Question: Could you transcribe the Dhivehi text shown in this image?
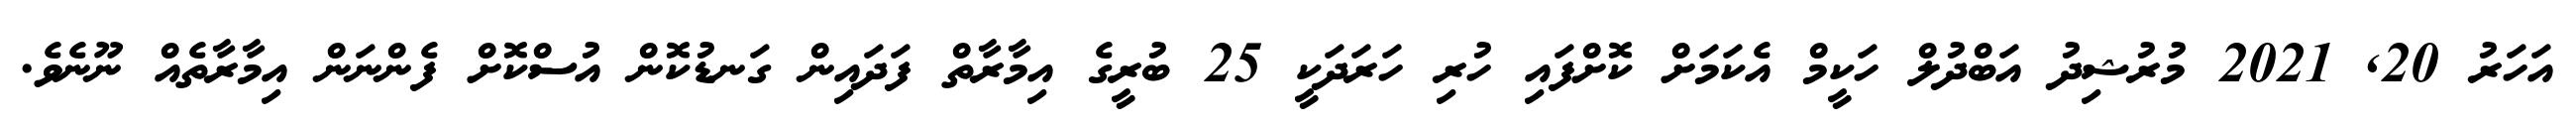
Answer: އަހަރު 20, 2021 މުރުޝިދު އަބްދުލް ހަކީމް އެކަމަށް ކޮށްފައި ހުރި ހަރަދަކީ 25 ބުރީގެ އިމާރާތް ފަދައިން ގަނޑުކޮން އުސްކޮށް ފެންނަން އިމާރާތެއް ނޫނެވެ.